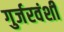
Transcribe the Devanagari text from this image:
गुर्जरवंशी